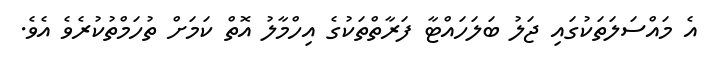
އެ މައްސަލަތަކުގައި ޖަލު ބަލަހައްޓާ ފަރާތްތަކުގެ އިހްމާލު އޮތް ކަމަށް ތުހަމްތުކުރެވެ އެވެ.